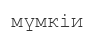
мүмкіи